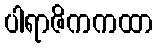
ပါရာဇိကကထာ